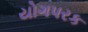
યોગપરક